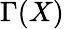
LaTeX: \Gamma(X)